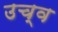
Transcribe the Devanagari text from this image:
उच्व